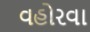
વહોરવા